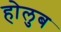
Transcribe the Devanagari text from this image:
होलुब